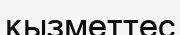
қызметтес